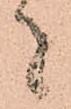
者